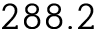
2 8 8 . 2